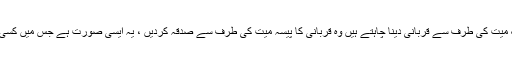
اس سلسلے میں میرا نقطہ نظر یہ ہے کہ جو لوگ میت کی طرف سے قربانی دینا چاہتے ہیں وہ قربانی کا پیسہ میت کی طرف سے صدقہ کردیں ، یہ ایسی صورت ہے جس میں کسی کا اختلاف نہیں ہے اور اس کی دلیل موجود ہے ۔